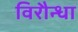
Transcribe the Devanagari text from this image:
विरौन्धा